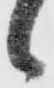
候